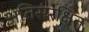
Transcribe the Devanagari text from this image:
अतिसंरक्षित